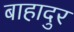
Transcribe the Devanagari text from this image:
बाहादुर